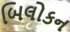
બિલોકન